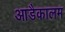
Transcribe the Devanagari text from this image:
आडैकालम